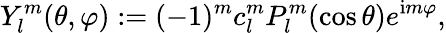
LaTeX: Y_{l}^{m}(\theta,\varphi):=(-1)^{m}c_{l}^{m}P_{l}^{m}(\cos\theta)e^{\mathrm{i}m\varphi},